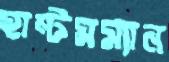
হান্টসম্যান